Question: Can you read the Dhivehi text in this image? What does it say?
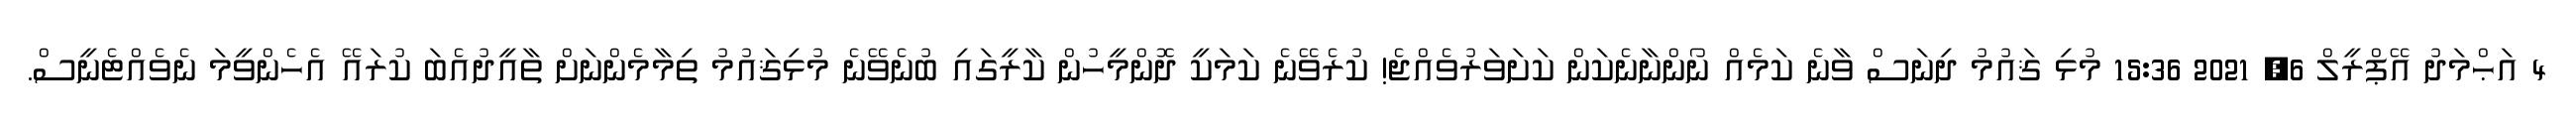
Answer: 4 އަޙްމަދު އޭޕްރީލް 6, 2021 15:36 މުޅި ޤައުމު ދިނަސް ވާނެ ކަމެއް ނޯންނާނެކަން ކަށަވަރުވެއްޖެ! ކުރެވޭނެ ކަމަކީ ދޮންމީހުން ކާރީގައި ބުނެވޭނެ މުޅިޤައުމު ތިމާމެންނަށް ތާއީދުއެބަ ކުރައޭ އެހެންވީމަ ނެވެއްޓެނީސް.